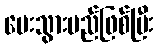
ပေးသွားမည်ဖြစ်ပြီး